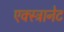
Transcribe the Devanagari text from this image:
एक्स्ट्रानेट